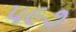
૫૯૭